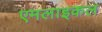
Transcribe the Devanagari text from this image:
एमलाइकल